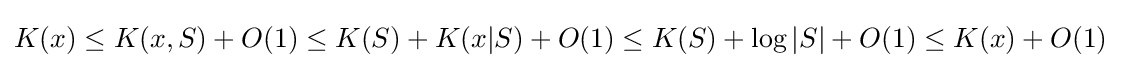
K(x)\leq K(x,S)+O(1)\leq K(S)+K(x|S)+O(1)\leq K(S)+\log |S|+O(1)\leq K(x)+O(1)